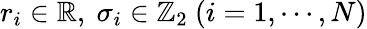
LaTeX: r_{i}\in\mathbb{R},~\sigma_{i}\in\mathbb{Z}_{2}~(i=1,\cdots,N)